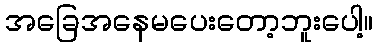
အခြေအနေမပေးတော့ဘူးပေါ့။